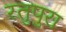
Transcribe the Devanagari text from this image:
रतुपुरा